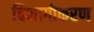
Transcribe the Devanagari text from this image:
विभागीकरण